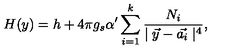
H ( y ) = h + 4 \pi g _ { s } \alpha ^ { \prime } \sum _ { i = 1 } ^ { k } \frac { N _ { i } } { \mid \vec { y } - \vec { a _ { i } } \mid ^ { 4 } } ,